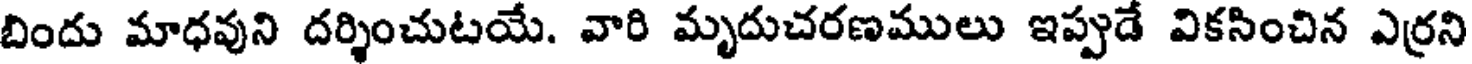
బిందు మాధవుని దర్శించుటయే. వారి మృదుచరణములు ఇప్పుడే వికసించిన ఎర్రని